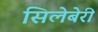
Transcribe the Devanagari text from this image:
सिलेबेरी